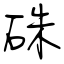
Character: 硃